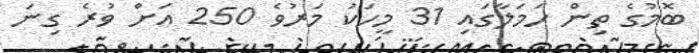
ބޮމުގެ ތިން ހަމަލާގައި 31 މީހަކު މަރުވެ 250 އަށް ވުރެ ގިނަ